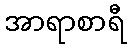
အာရာစာရီ